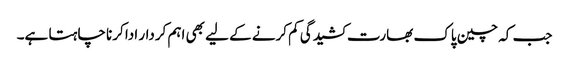
جب کہ چین پاک بھارت کشیدگی کم کرنے کے لیے بھی اہم کردار ادا کرنا چاہتا ہے۔